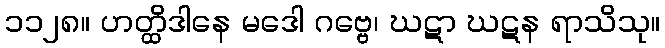
၁၁၂၈။ ဟတ္ထိဒါနေ မဒေါ ဂဗ္ဗေ၊ ဃဋာ ဃဋန ရာသိသု။